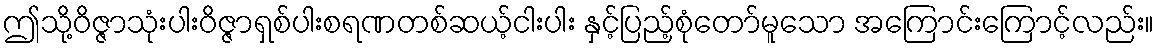
ဤသို့ဝိဇ္ဇာသုံးပါးဝိဇ္ဇာရှစ်ပါးစရဏတစ်ဆယ့်ငါးပါး နှင့်ပြည့်စုံတော်မူသော အကြောင်းကြောင့်လည်း။